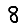
Digit: 8